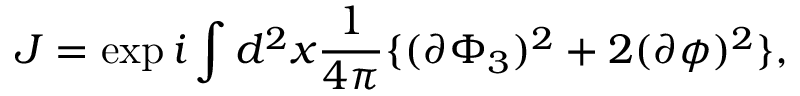
J = \exp i \int d ^ { 2 } x \frac { 1 } { 4 \pi } \{ ( \partial \Phi _ { 3 } ) ^ { 2 } + 2 ( \partial \phi ) ^ { 2 } \} ,